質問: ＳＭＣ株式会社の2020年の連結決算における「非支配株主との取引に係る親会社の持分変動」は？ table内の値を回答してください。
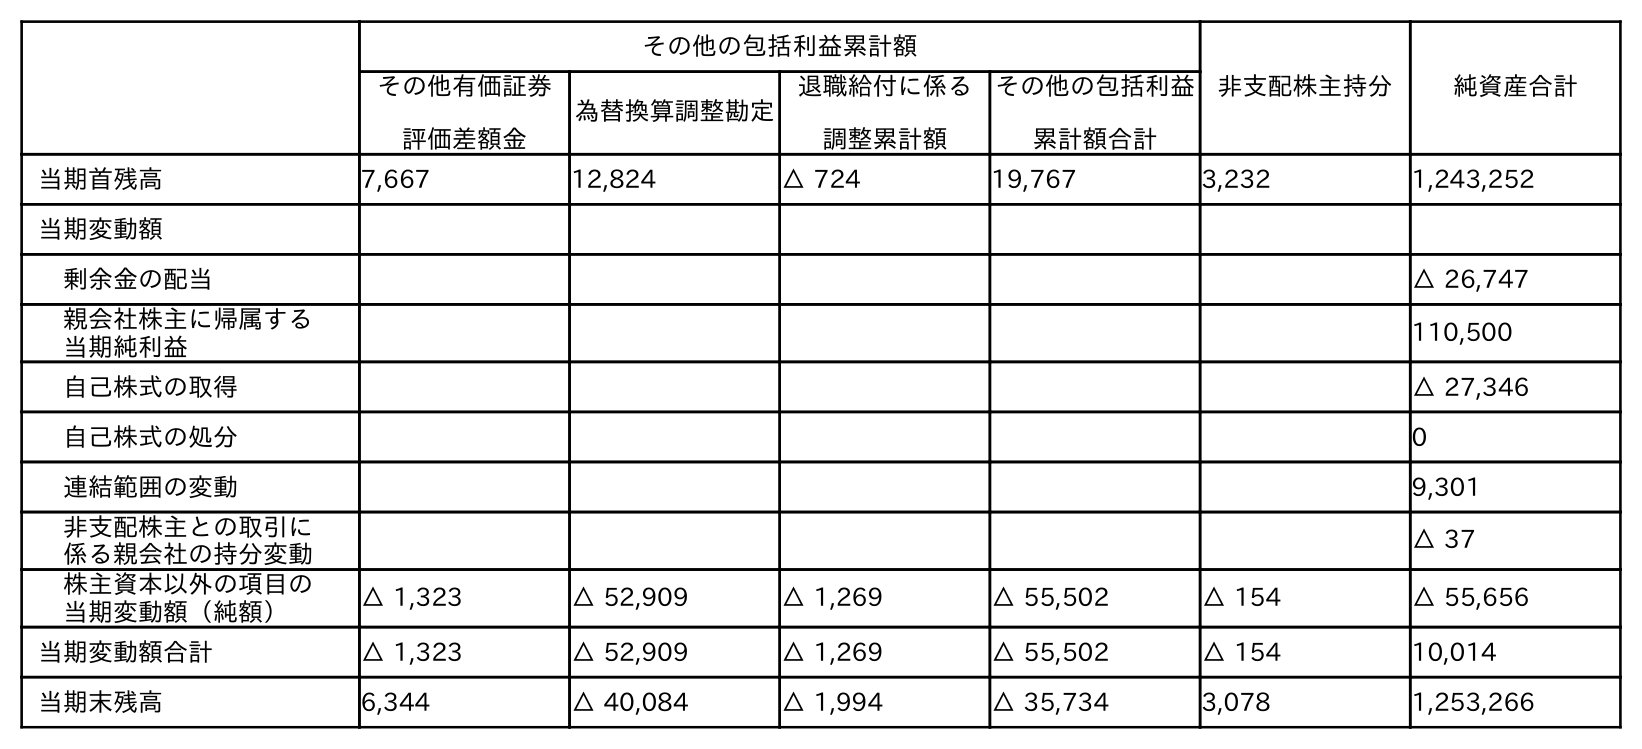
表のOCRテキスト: その他の包括利益累計額 非支配株主持分 純資産合計 その他有価証券 評価差額金 為替換算調整勘定 退職給付に係る 調整累計額 その他の包括利益 累計額合計 当期首残高 7,667 12,824 △ 724 19,767 3,232 1,243,252 当期変動額 剰余金の配当 △ 26,747 親会社株主に帰属する 当期純利益 110,500 自己株式の取得 △ 27,346 自己株式の処分 0 連結範囲の変動 9,301 非支配株主との取引に 係る親会社の持分変動 △ 37 株主資本以外の項目の 当期変動額（純額） △ 1,323 △ 52,909 △ 1,269 △ 55,502 △ 154 △ 55,656 当期変動額合計 △ 1,323 △ 52,909 △ 1,269 △ 55,502 △ 154 10,014 当期末残高 6,344 △ 40,084 △ 1,994 △ 35,734 3,078 1,253,266
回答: △37